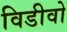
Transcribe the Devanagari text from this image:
विडीवो